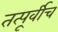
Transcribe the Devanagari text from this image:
तत्पूर्वीच